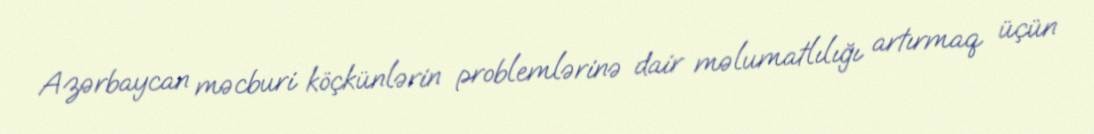
Azərbaycan məcburi köçkünlərin problemlərinə dair məlumatlılığı artırmaq üçün